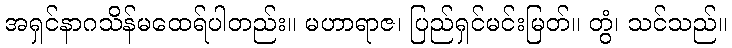
အရှင်နာဂသိန်မထေရ်ပါတည်း။ မဟာရာဇ၊ ပြည်ရှင်မင်းမြတ်။ တွံ၊ သင်သည်။